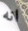
انه